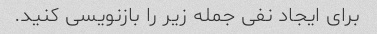
برای ایجاد نفی جمله زیر را بازنویسی کنید.